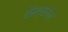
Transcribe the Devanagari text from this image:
केंदकांत